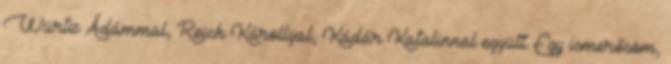
Würtz Ádámmal, Reich Károllyal, Kádár Katalinnal együtt. Egy ismerősöm,